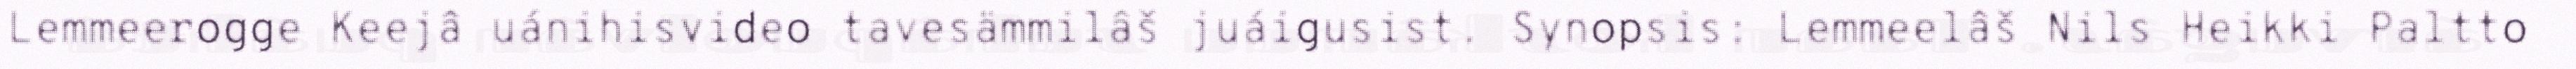
Lemmeerogge Keejâ uánihisvideo tavesämmilâš juáigusist. Synopsis: Lemmeelâš Nils Heikki Paltto